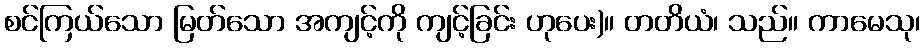
စင်ကြယ်သော မြတ်သော အကျင့်ကို ကျင့်ခြင်း ဟုပေး)။ တတိယံ၊ သည်။ ကာမေသု၊